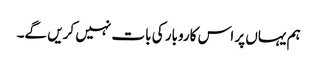
ہم یہاں پر اس کاروبار کی بات نہیں کریں گے۔